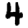
Digit: 4